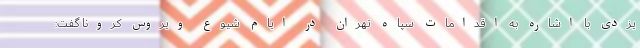
یزدی با اشاره به اقدامات سپاه تهران در ایام شیوع ویروس کرونا گفت: